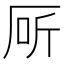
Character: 厛